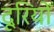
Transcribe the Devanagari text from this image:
दूरियोँ